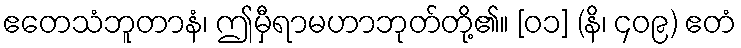
ဧတေသံဘူတာနံ၊ ဤမှီရာမဟာဘုတ်တို့၏။ [၀၁] (နိ၊ ၄၀၉) ဧတံ